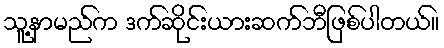
သူ့နာမည်က ဒက်ဆိုင်းယားဆက်ဘီဖြစ်ပါတယ်။